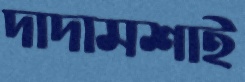
দাদামশাই